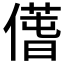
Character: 𠎲